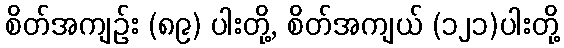
စိတ်အကျဉ်း (၈၉) ပါးတို့, စိတ်အကျယ် (၁၂၁)ပါးတို့